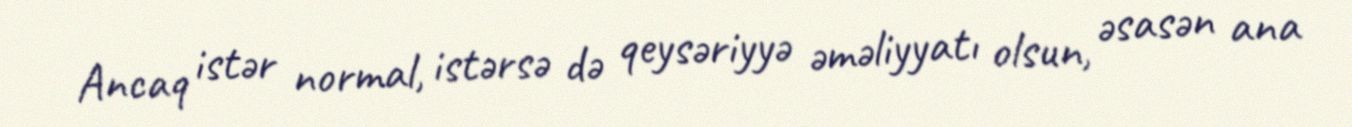
Ancaq istər normal, istərsə də qeysəriyyə əməliyyatı olsun, əsasən ana